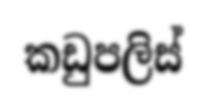
කඩුපලිස්